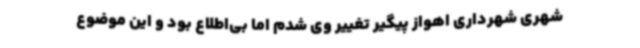
شهری شهرداری اهواز پیگیر تغییر وی شدم اما بی‌اطلاع بود و این موضوع